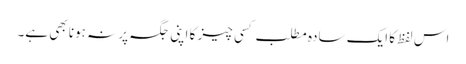
اس لفظ کا ایک سادہ مطلب کسی چیز کا اپنی جگہ پر نہ ہونا بھی ہے۔